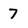
Character: 7